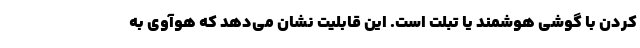
کردن با گوشی هوشمند یا تبلت است. این قابلیت نشان می‌دهد که هوآوی به